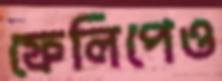
ফেলিপেও